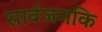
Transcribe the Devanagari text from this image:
सार्वजनकि